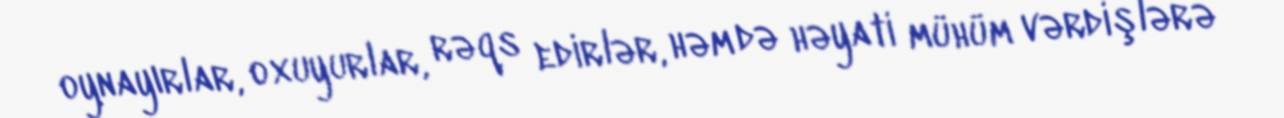
oynayırlar, oxuyurlar, rəqs edirlər, həm də həyati mühüm vərdişlərə